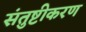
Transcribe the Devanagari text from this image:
संतुष्टीकरण